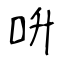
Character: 呏